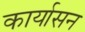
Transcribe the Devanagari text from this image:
कार्यासन